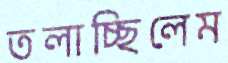
তলাচ্ছিলেম